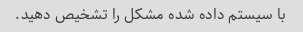
با سیستم داده شده مشکل را تشخیص دهید.